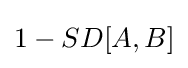
1-SD[A,B]